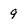
Character: 9